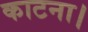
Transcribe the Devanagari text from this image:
काटना।